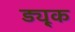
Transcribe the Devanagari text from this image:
ड्यू्क